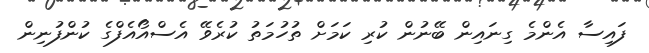
ފައިސާ އެންމެ ގިނައިން ބޭނުން ކުރި ކަމަށް ތުހުމަތު ކުރެވޭ އެސްއޯއެފްގެ ކުންފުނިން